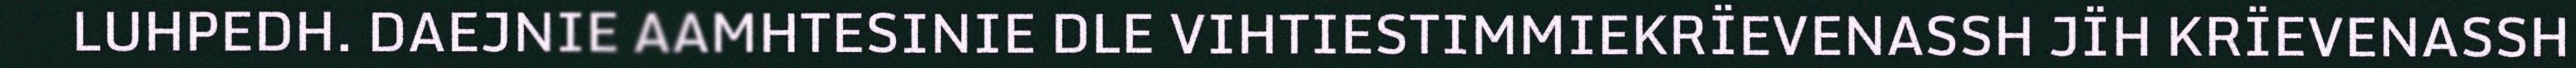
LUHPEDH. DAEJNIE AAMHTESINIE DLE VIHTIESTIMMIEKRÏEVENASSH JÏH KRÏEVENASSH